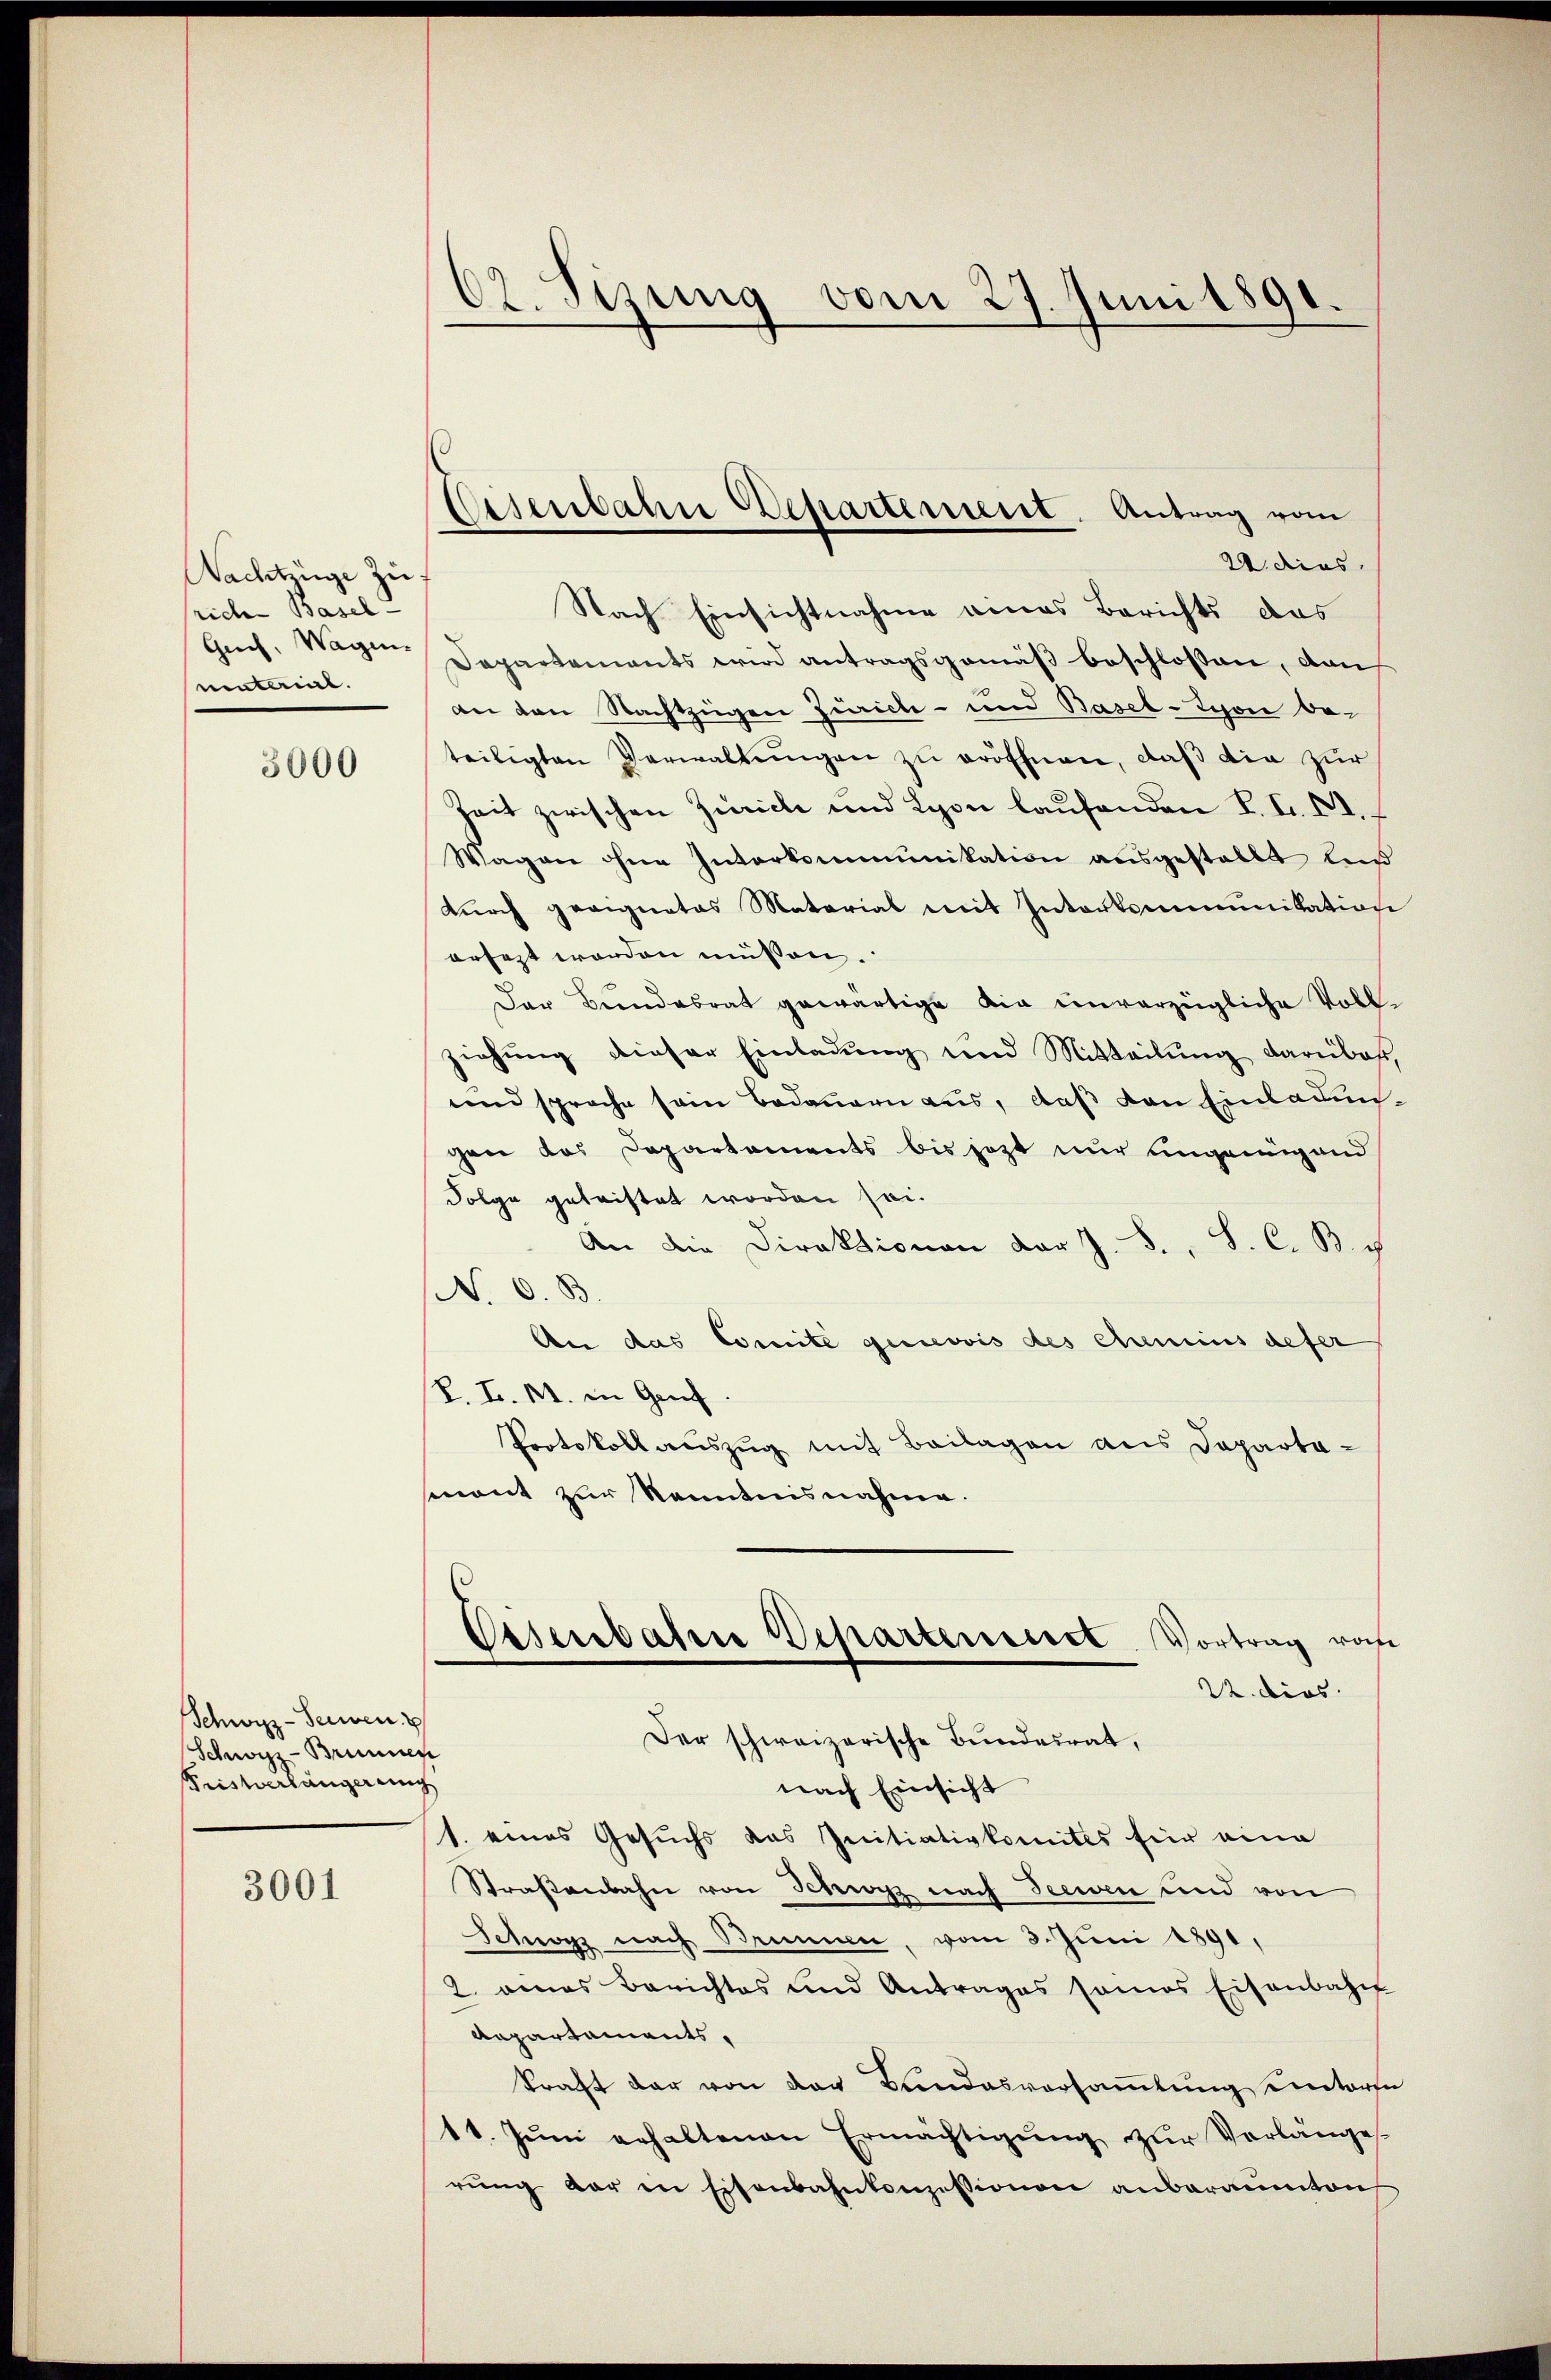
Nachtzüge zuf
richen Basel-
Guch, Wagen.
nentarial.

3000

Schwyz-Seinen
Schwarz - Brunnen
Fristverlängerung

3001

62. Sizung vom 27. Juni 1891.

Lesenbahn Departement. Antrag vom

22. dies
Nach Einsichtnahme eines Berichts das
Departements wird antragsgemäß beschlossen, dan
an von Nachtzügen Zürich- und Basel-Syon be-
teiligten Verwaltungen zu eröffnen, daß die zur
Zeit zwischen Zürich und Lyon laufenden L. I. C.
Wagen ohne Interkommunikation ausgestellt lus
dŭrch geeignetes Material mit Interkommunikation
ersetzt worden müssen.
Der Bundesrat gewärtige die unverzügliche Vollziehung dieser Einladung und Mitteilung darüber,
und sprache sein Bedauern aus, daß den Einladungen das Departements bis jetzt nur ungenügend
Folge getriftet worden sei.
An die Direktionen der J. F., S. C. B.
(N. O. B.
An das Comite qurovis des Chemins defer
R. I. M. in Genf
Protokoll auszug mit Beilagen aus Departa-
mont zur Kenntnisnahme.
Essenbahre Departensiert Vortrag rohe
22. dies
Der schweizerische Bundesrat,
nach Einsicht
1. eines Gesuchs das Initiativkomites für eine
Straßenbahn von Schwyz nach Seeven und von
Schwyz nach Brunnen, vom 3. Juni 1891,
2. eines Berichtes und Antrages sames Eisenbahn
Repartaments,
kraft der von der Bundesversammlung einterse
11. Jŭni erhaltenen Ermächtigŭng zŭr Verlanges.
rŭng der in Eisenbahnkonzessionen anberamten